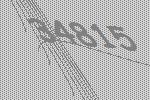
34815